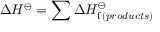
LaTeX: \Delta H ^ { \ominus } = \sum \Delta H _ { \mathrm { f } \, ( p r o d u c t s ) } ^ { \ominus }